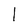
Character: 1